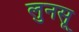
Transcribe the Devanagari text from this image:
लुनसू